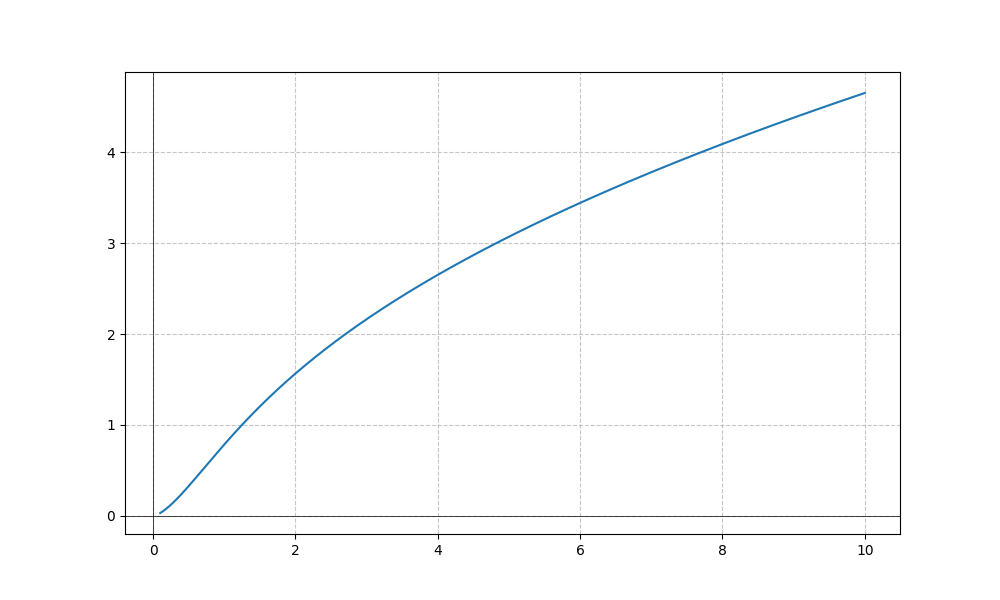
LaTeX formula: \sqrt{x} \operatorname{atan}{\left(x \right)}